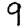
Digit: 9